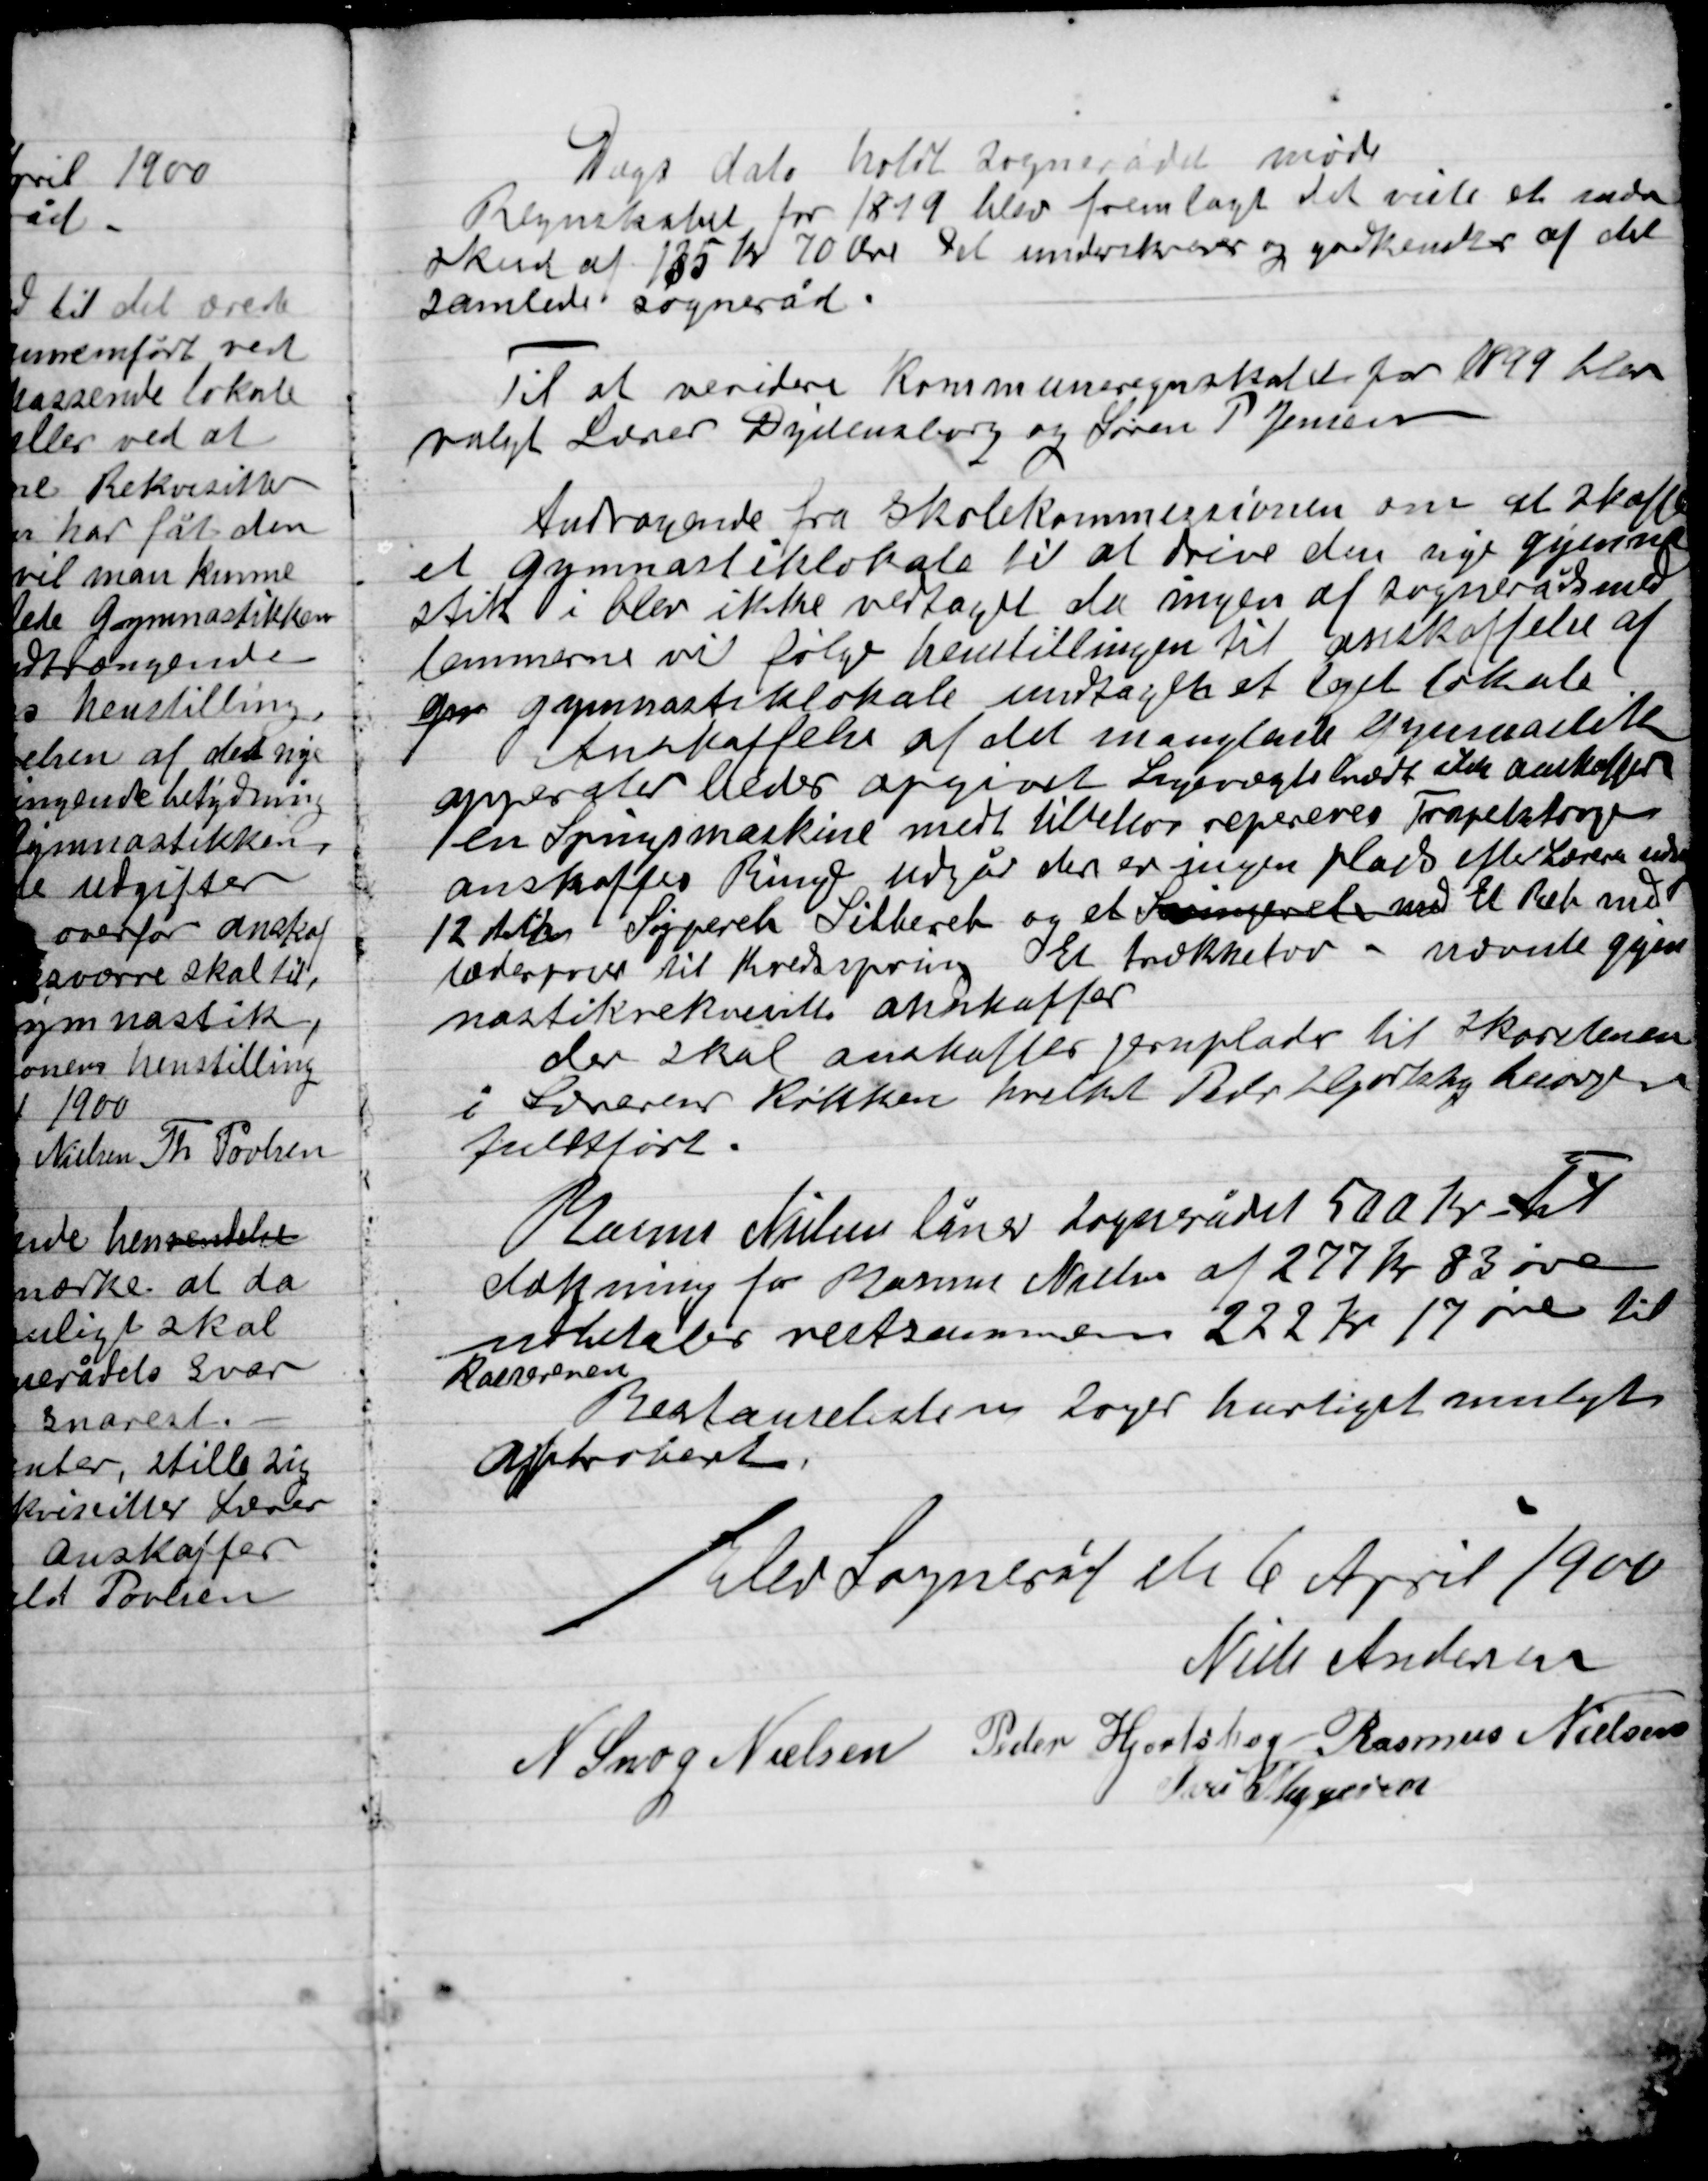
Transskription:
Dags dato holdt Sognerådet møde
Regentskabet for 1899 blev fremlagt det viste et under-
skud af 135 Kr. 70 Øre Det underskrives og godkendes af det
samlede Sogneråd.

Til at revidere Kommune regentskabet for 1899 blev
valgt Lærer Dydensborg og Søren P. Jensen

Andragende fra Skolekommissionen om at skaffe
et gymnastiklokale til at drive den nye gymna-
stik i blev ikke vedtaget da ingen  af Sognerådsmed-
lemmerne ville følge henstillingen til anskaffelse af
en gymnastiklokale undtagen et lejet lokale.
Anskaffelse af det manglende gymnastik
Apparater eller opgivet lagerreglemedt ikke anskaffet
en Springmaskine med tilbehør repareres Trapetsttov
anskaffes Ringe udgår der er ingen plads efter Lærens  ???
12 til en Sjipereb Sibbereb og  et Reb med
Læderpose til Kredsspring et trækketov uvundt gym-
nastikrekvisitter anskaffes.
Der skal anskaffes jernplader til Skorstenen
I Lærerens Køkken hvilket Peder Hjortshøj kræves
Fuldført.
Murer Nielsen låner Sognerådet 500 Kr. Til
dækning for Murer Nielsen af 277 Kr. 83 øre
udbetales restancen 222 Kr. 17 øre til
Kassereren
Restanselisten søges hurtigst muligt
Approberet.

Elev Sogneråd den 6 April 1900

Niels Andersen
N. Snog Nielsen
Peder Hjortshøj
Rasmus Nielsen
Ivar Thygesen